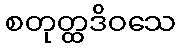
စတုတ္ထဒိဝသေ